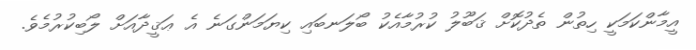
އީމާންކަމަކީ ހިތުން ތެދުކޮށް ޤަބޫލު ކުރުމާއެކު ބޯލަނބައި ކިޔަމަންގަނެ އެ ޢަޤީދާއަށް ލޯބިކުރުމެވެ.